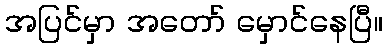
အပြင်မှာ အတော် မှောင်နေပြီ။